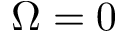
\Omega = 0